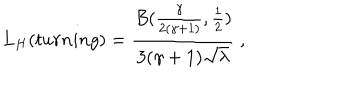
L _ { H } ( t u r n i n g ) = \frac { B ( \frac { \gamma } { 2 ( \gamma + 1 ) } , \frac 1 2 ) } { 3 ( \gamma + 1 ) \sqrt { \lambda } } \ ,